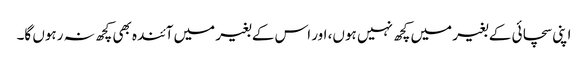
اپنی سچائی کے بغیر میں کچھ نہیں ہوں، اور اس کے بغیر میں آئندہ بھی کچھ نہ رہوں گا۔